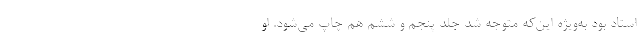
استاد بود به‌ویژه این‌که متوجه شد جلد پنجم و ششم هم چاپ می‌شود. او